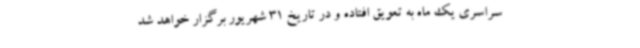
سراسری یک ماه به تعویق افتاده و در تاریخ 31 شهریور برگزار خواهد شد